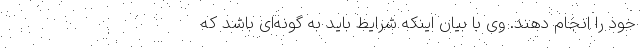
خود را انجام دهند. وی با بیان اینکه شرایط باید به گونه‌ای باشد که